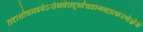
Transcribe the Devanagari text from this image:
तदाशौचमध्येऽसंभवेतदूर्ध्वंचप्रागब्दात्करणेज्ञेयं